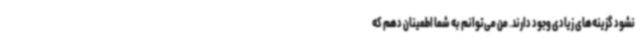
نشود گزینه‌های زیادی وجود دارند. من می‌توانم به شما اطمینان دهم که